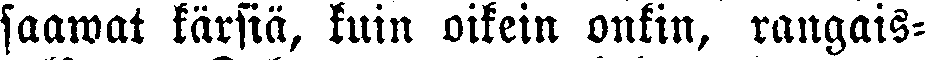
saawat kärsiä, kuin oikein onkin, rangais-